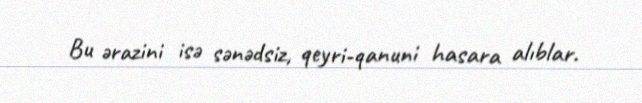
Bu ərazini isə sənədsiz, qeyri-qanuni hasara alıblar.